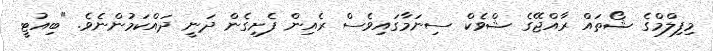
މިފިލްމްގެ ޝޯތައް ރާއްޖޭގެ ޝްވެކް ސިނަމާގައިވެސް ރެއިން ފެށިގެން ދަނީ ދައްކަމުންނެވެ. "ބިއުޓީ